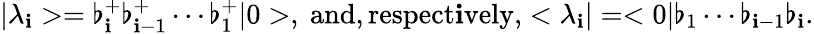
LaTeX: |\lambda_{\mathbf{i}}>=\flat_{\mathbf{i}}^{+}\flat_{\mathbf{i}-1}^{+}\cdots\flat_{1}^{+}|0>,\mathrm{{~and,respect\mathbf{i}vely,}}<\lambda_{\mathbf{i}}|=<0|\flat_{1}\cdots\flat_{\mathbf{i}-1}\flat_{\mathbf{i}}.